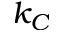
k _ { C }